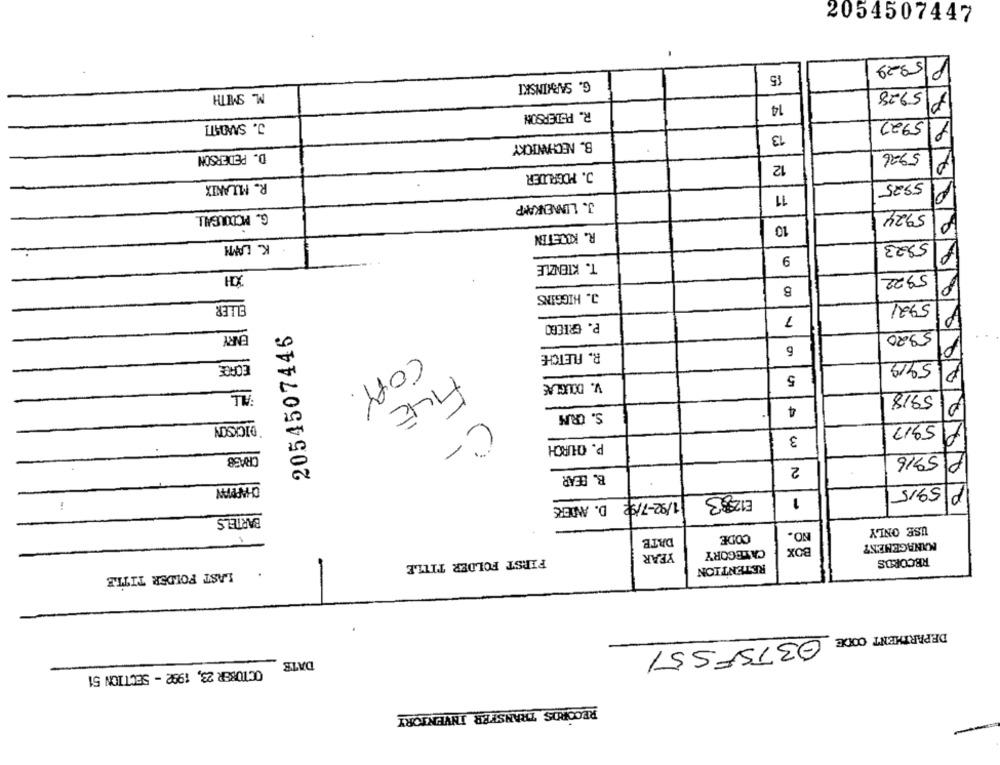
2054507447
5929
P
15
G. SARKINSKI
M. SMITH
5928
P
14
R. PEDERSON
J. SMOATI
5922
1
13
B. NECHWICKY
5926
D. PEDERSON
P
12
J. POGRUDER
R. MLANIX
5925
11
J. LINNENKAMP
5924
G. MCDOUGALL
10
R. KICETIN
K. LAMM
5323
9
T. KIENZLE
6/6/6
XH
5922
B
J. HIGGINS
ELLER
5921
P
7
P. GRIEGO
ENRY
2054507446
5920
P
6
R. FLETCHE
ECRDE
P 5919
V. DOUGLAS
5
FALL
COPY.
5918
P
FILE
4
S. CRM
DICKSON
5917
A
P. CHURCH
3
C-
CRASS
P 5916
2
B. BEAR
CHAPPIAN
P 5915
E12 83
1/92-7/92 D. ANDERS
1
BARTELS
USE ONLY
1
CODE
NO.
DATE
CATEGORY
BOX
MANAGEMENT
YEAR
FIRST FOLDER TITLE
RECORDS
RETENTION
LAST FOLDER TITLE
DEPARTMENT CODE 03TSF551
DATE
OCTOBER 23, 1992 - SECTION 51
RECORDS TRANSFER INVENTORY